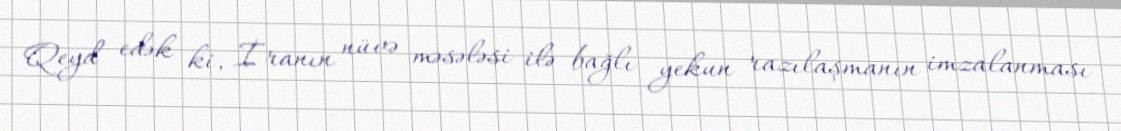
Qeyd edək ki, İranın nüvə məsələsi ilə bağlı yekun razılaşmanın imzalanması